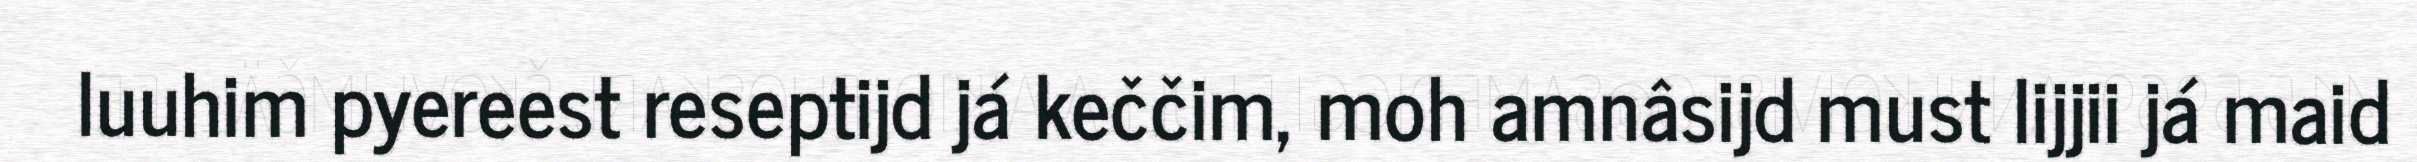
luuhim pyereest reseptijd já keččim, moh amnâsijd must lijjii já maid